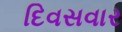
દિવસવાર